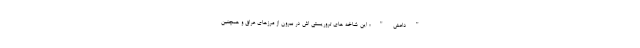
"داعش"؛ این شاخه های تروریستی اش در بیرون از مرزهای عراق و همچنین